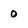
Character: 0